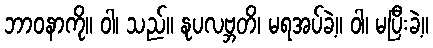
ဘာဝနာကို။ ဝါ၊ သည်။ နုပလဗ္ဘတိ၊ မရအပ်ခဲ့။ ဝါ၊ မပြီးခဲ့။